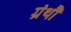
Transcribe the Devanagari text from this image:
ग्रंथौं